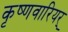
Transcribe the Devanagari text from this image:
कृष्णवारियर्